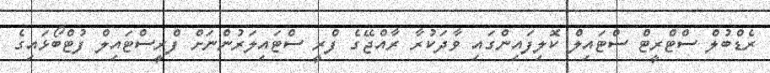
ރެޑްބުލް ސްޓްރީޓް ސްޓައިލް ކޮލިފައިންގައި ވާދަކުރާ ރާއްޖޭގެ ފްރީ ސްޓައިލަރުންނަށް ފްރީސްޓައިލް ފުޓްބޯޅައިގެ